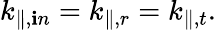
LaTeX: k_{\parallel,{\mathbf{i}n}}=k_{\parallel,{r}}=k_{\parallel,{t}}.